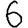
Digit: 6